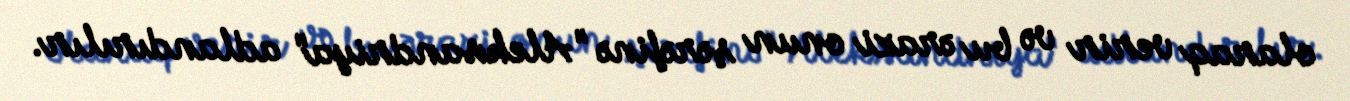
olaraq verir və bu ərazi onun şərəfinə "Aleksandriya" adlandırılır.